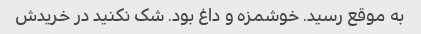
به موقع رسید. خوشمزه و داغ بود. شک نکنید در خریدش